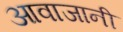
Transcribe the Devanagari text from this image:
आवाजानी